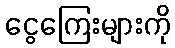
ငွေကြေးများကို